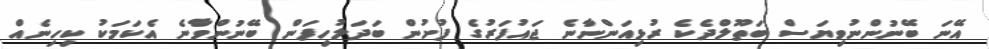
އޭނަ ބޭނުންނުވިޔަސް ބަތޫލްދެކެ ރުޅިއަންނާނެ ޖައުފަރުގެ ފުށުން ބަދަލުހިފަން ބޭނުންވާނެ އެކަމަކު ކިހިނެއް